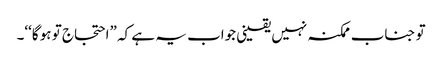
تو جناب ممکنہ نہیں یقینی جواب یہ ہے کہ ”احتجاج تو ہو گا‘‘۔